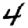
Digit: 4